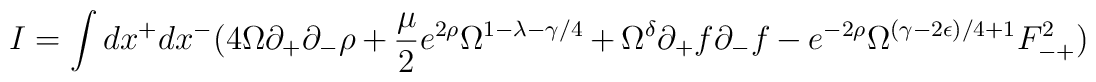
I = \int dx^+ dx^- ( 4 \Omega \partial_+ \partial_- \rho+ \frac{\mu}{2} e^{2 \rho} \Omega^{1-\lambda -\gamma/4}+ \Omega^{\delta} \partial_+ f \partial_- f - e^{-2 \rho } \Omega^{(\gamma -2\epsilon)/4 +1} F^2_{-+} )